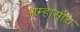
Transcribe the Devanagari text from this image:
आम्हासीच